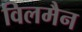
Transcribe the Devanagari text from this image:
विलमैन